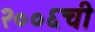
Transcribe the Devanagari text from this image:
२००६ची